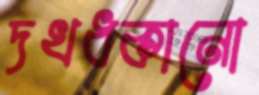
দখধকানো